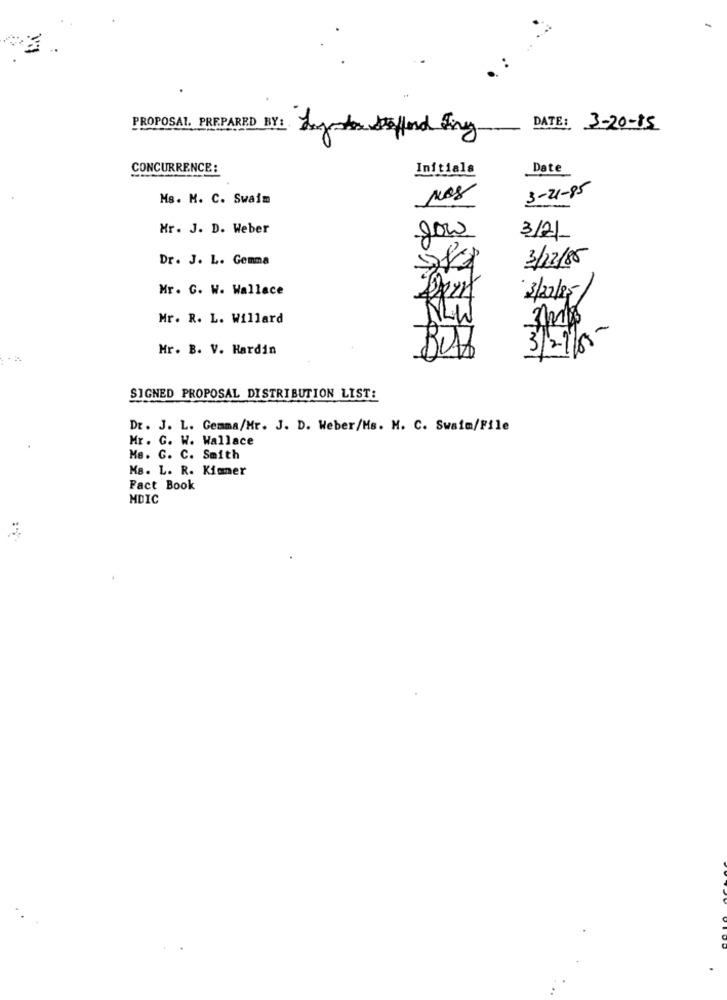
DATE: 3-20-15
PROPOSAL, PREPARED BY: Lyder Stafford Fing
CONCURRENCE:
Initials
Date
3-21-85
Ms. M. C. Swaim
Nos
Mr. J. D. Weber
gow
3/2/
Dr. J. L. Gemma
3/12/8
Mr. C. W. Wallace
3/22/85
Mr. R. L. Willard
3/2/15
Mr. B. V. Hardin
But
SIGNED PROPOSAL DISTRIBUTION LIST:
Dr. J. L. Gemma/Mr. J. D. Weber/Ms. M. C. Swaim/File
Mr. G. W. Wallace
Ms. G. C. Smith
Ms. L. R. Kimmer
Fact Book
MDIC